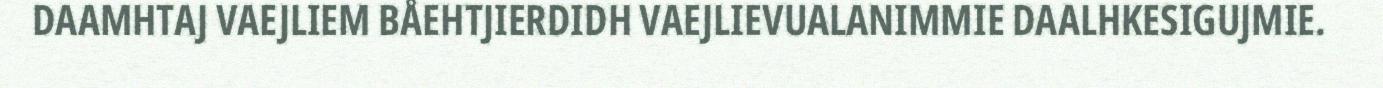
DAAMHTAJ VAEJLIEM BÅEHTJIERDIDH VAEJLIEVUALANIMMIE DAALHKESIGUJMIE.